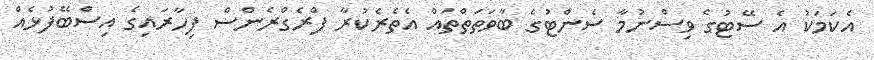
އެކަމަކު އެ ސޭޓުގެ ވިސްނުމާ ސެންޓުގެ ބާވަތަތްތައް އެތެެރެކުރާ ފްރެގްރެންސް ފިހާރައިގެ އިސްބޭފުޅެއް